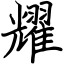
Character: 耀